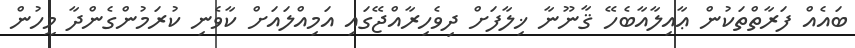
ބައެއް ފަރާތްތަކުން ޢާއިލާއާބެހޭ ޤާނޫނާ ޚިލާފަށް ދިވެހިރާއްޖޭގައި އަމިއްލައަށް ކާވެނި ކުރަމުންގެންދާ މީހުން